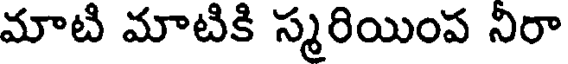
మాటి మాటికి స్మరియింప నిరా